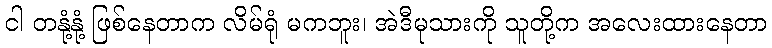
ငါ တနုံ့နုံ့ ဖြစ်နေတာက လိမ်ရုံ မကဘူး၊ အဲဒီမုသားကို သူတို့က အလေးထားနေတာ